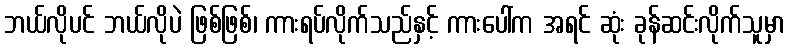
ဘယ်လိုပင် ဘယ်လိုပဲ ဖြစ်ဖြစ်၊ ကားရပ်လိုက်သည်နှင့် ကားပေါ်က အရင် ဆုံး ခုန်ဆင်းလိုက်သူမှာ